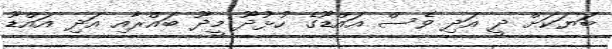
ބަޔަކަށް ދީ އަދި ވެސް އައްޑޫގެ ހުޅުދޫ މީދޫ ބައްރާއި އަދި އައްޑޫ